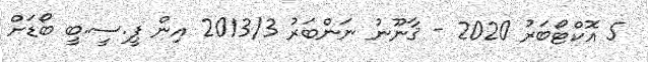
5 އޮކްޓޯބަރު 2020 - ޤާނޫނު ނަންބަރު 2013/3 އިން ޕީ.ސީ.ބީ ބޯޑަށް